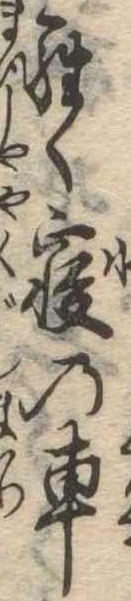
らく寝の車